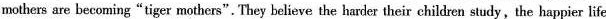
mothers are becoming"tiger mothers". They believe the harder their children study,the happier life